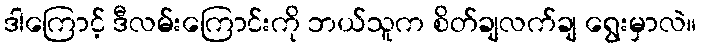
ဒါကြောင့် ဒီလမ်းကြောင်းကို ဘယ်သူက စိတ်ချလက်ချ ရွေးမှာလဲ။